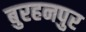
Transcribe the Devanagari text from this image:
बुरहनपुर